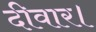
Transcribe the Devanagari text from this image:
दीवार।